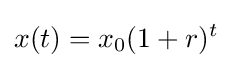
x(t)=x_{0}(1+r)^{t}